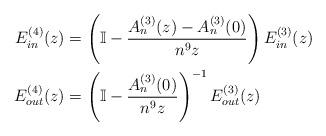
LaTeX: \begin{align*} E_{in}^{(4)}(z) & = \left( \mathbb{I} - \frac{A_n^{(3)}(z)-A_n^{(3)}(0)}{n^9 z} \right)E_{in}^{(3)}(z) \\ E_{out}^{(4)}(z) & = \left( \mathbb{I} - \frac{A_n^{(3)}(0)}{n^9 z} \right)^{-1}E_{out}^{(3)}(z)\end{align*}